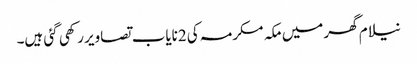
نیلام گھر میں مکہ مکرمہ کی 2نایاب تصاویر رکھی گئی ہیں۔